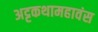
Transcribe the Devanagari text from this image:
अट्टकथामहावंस